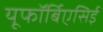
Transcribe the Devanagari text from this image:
यूफॉर्बिएसिई